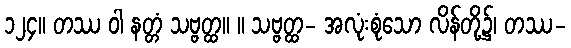
၁၂၄။ တဿ ဝါ နတ္တံ သဗ္ဗတ္ထ။ ။ သဗ္ဗတ္ထ- အလုံးစုံသော လိန်တို့၌၊ တဿ-